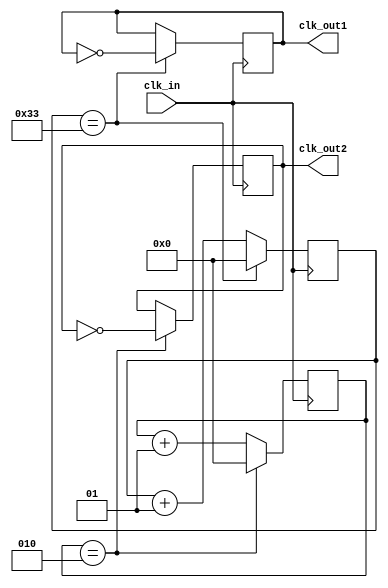
`timescale 1ns / 1ps
//////////////////////////////////////////////////////////////////////////////////
// Company: 
// Engineer: 
// 
// Design Name: 
// Module Name:    Baud_Generator 
// Project Name: 
// Target Devices: 
// Tool versions: 
// Description: 
//
// Dependencies: 
//
// Revision: 
// Revision 0.01 - File Created
// Additional Comments: 
//
//////////////////////////////////////////////////////////////////////////////////
module Baud_Generator(clk_in,clk_out1,clk_out2);

input clk_in;
output reg clk_out1=0; // for transmitter
output reg clk_out2=0; // for reciever

integer counter1=0;
integer counter2=0;
parameter div_value1=51;
parameter div_value2=2;

always@(posedge clk_in) begin
if(counter1==div_value1) begin
counter1=0;
clk_out1=~clk_out1;
end
else begin
counter1=counter1+1;
clk_out1=clk_out1;
end
end

always@(posedge clk_in) begin
if(counter2==div_value2) begin
counter2=0;
clk_out2=~clk_out2;
end
else begin
counter2=counter2+1;
clk_out2=clk_out2;
end
end
endmodule